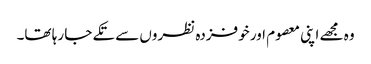
وہ مجھے اپنی معصوم اور خوفزدہ نظروں سے تکے جا رہا تھا۔